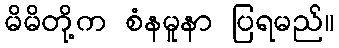
မိမိတို့က စံနမူနာ ပြရမည်။